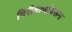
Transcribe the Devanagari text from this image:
निरीक्षाणांवरून